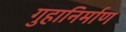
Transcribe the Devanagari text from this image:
गुहानिर्माण